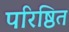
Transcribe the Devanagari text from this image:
परिष्ठित